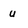
Character: u